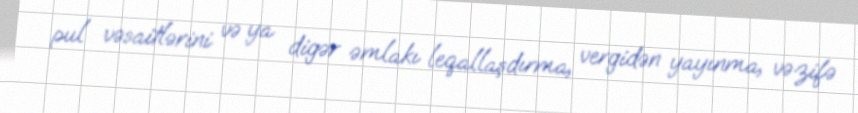
pul vəsaitlərini və ya digər əmlakı leqallaşdırma, vergidən yayınma, vəzifə